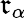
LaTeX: \mathfrak{r}_{\alpha}